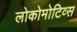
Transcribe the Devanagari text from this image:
लोकोमोटिव्स